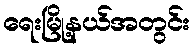
ရေးမြို့နယ်အတွင်း